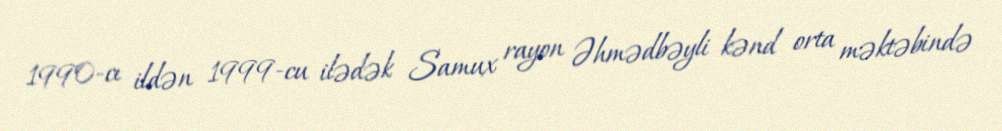
1990-cı ildən 1999-cu ilədək Samux rayon Əhmədbəyli kənd orta məktəbində